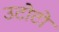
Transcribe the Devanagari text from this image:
उटोटो